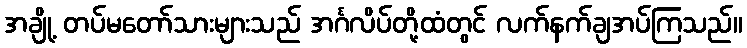
အချို့ တပ်မတော်သားများသည် အင်္ဂလိပ်တို့ထံတွင် လက်နက်ချအပ်ကြသည်။